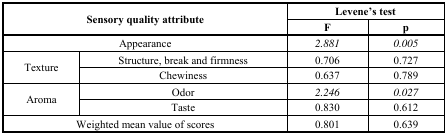
<table><thead><tr><td rowspan="2" colspan="2"><b>Sensory quality attribute</b></td><td colspan="2"><b>Levene’s test</b></td></tr><tr><td><b>F</b></td><td><b>p</b></td></tr></thead><tbody><tr><td colspan="2">Appearance</td><td><i>2.881</i></td><td><i>0.005</i></td></tr><tr><td rowspan="2">Texture</td><td>Structure, break and firmness</td><td>0.706</td><td>0.727</td></tr><tr><td>Chewiness</td><td>0.637</td><td>0.789</td></tr><tr><td rowspan="2">Aroma</td><td>Odor</td><td><i>2.246</i></td><td><i>0.027</i></td></tr><tr><td>Taste</td><td>0.830</td><td>0.612</td></tr><tr><td colspan="2">Weighted mean value of scores</td><td>0.801</td><td>0.639</td></tr></tbody></table>